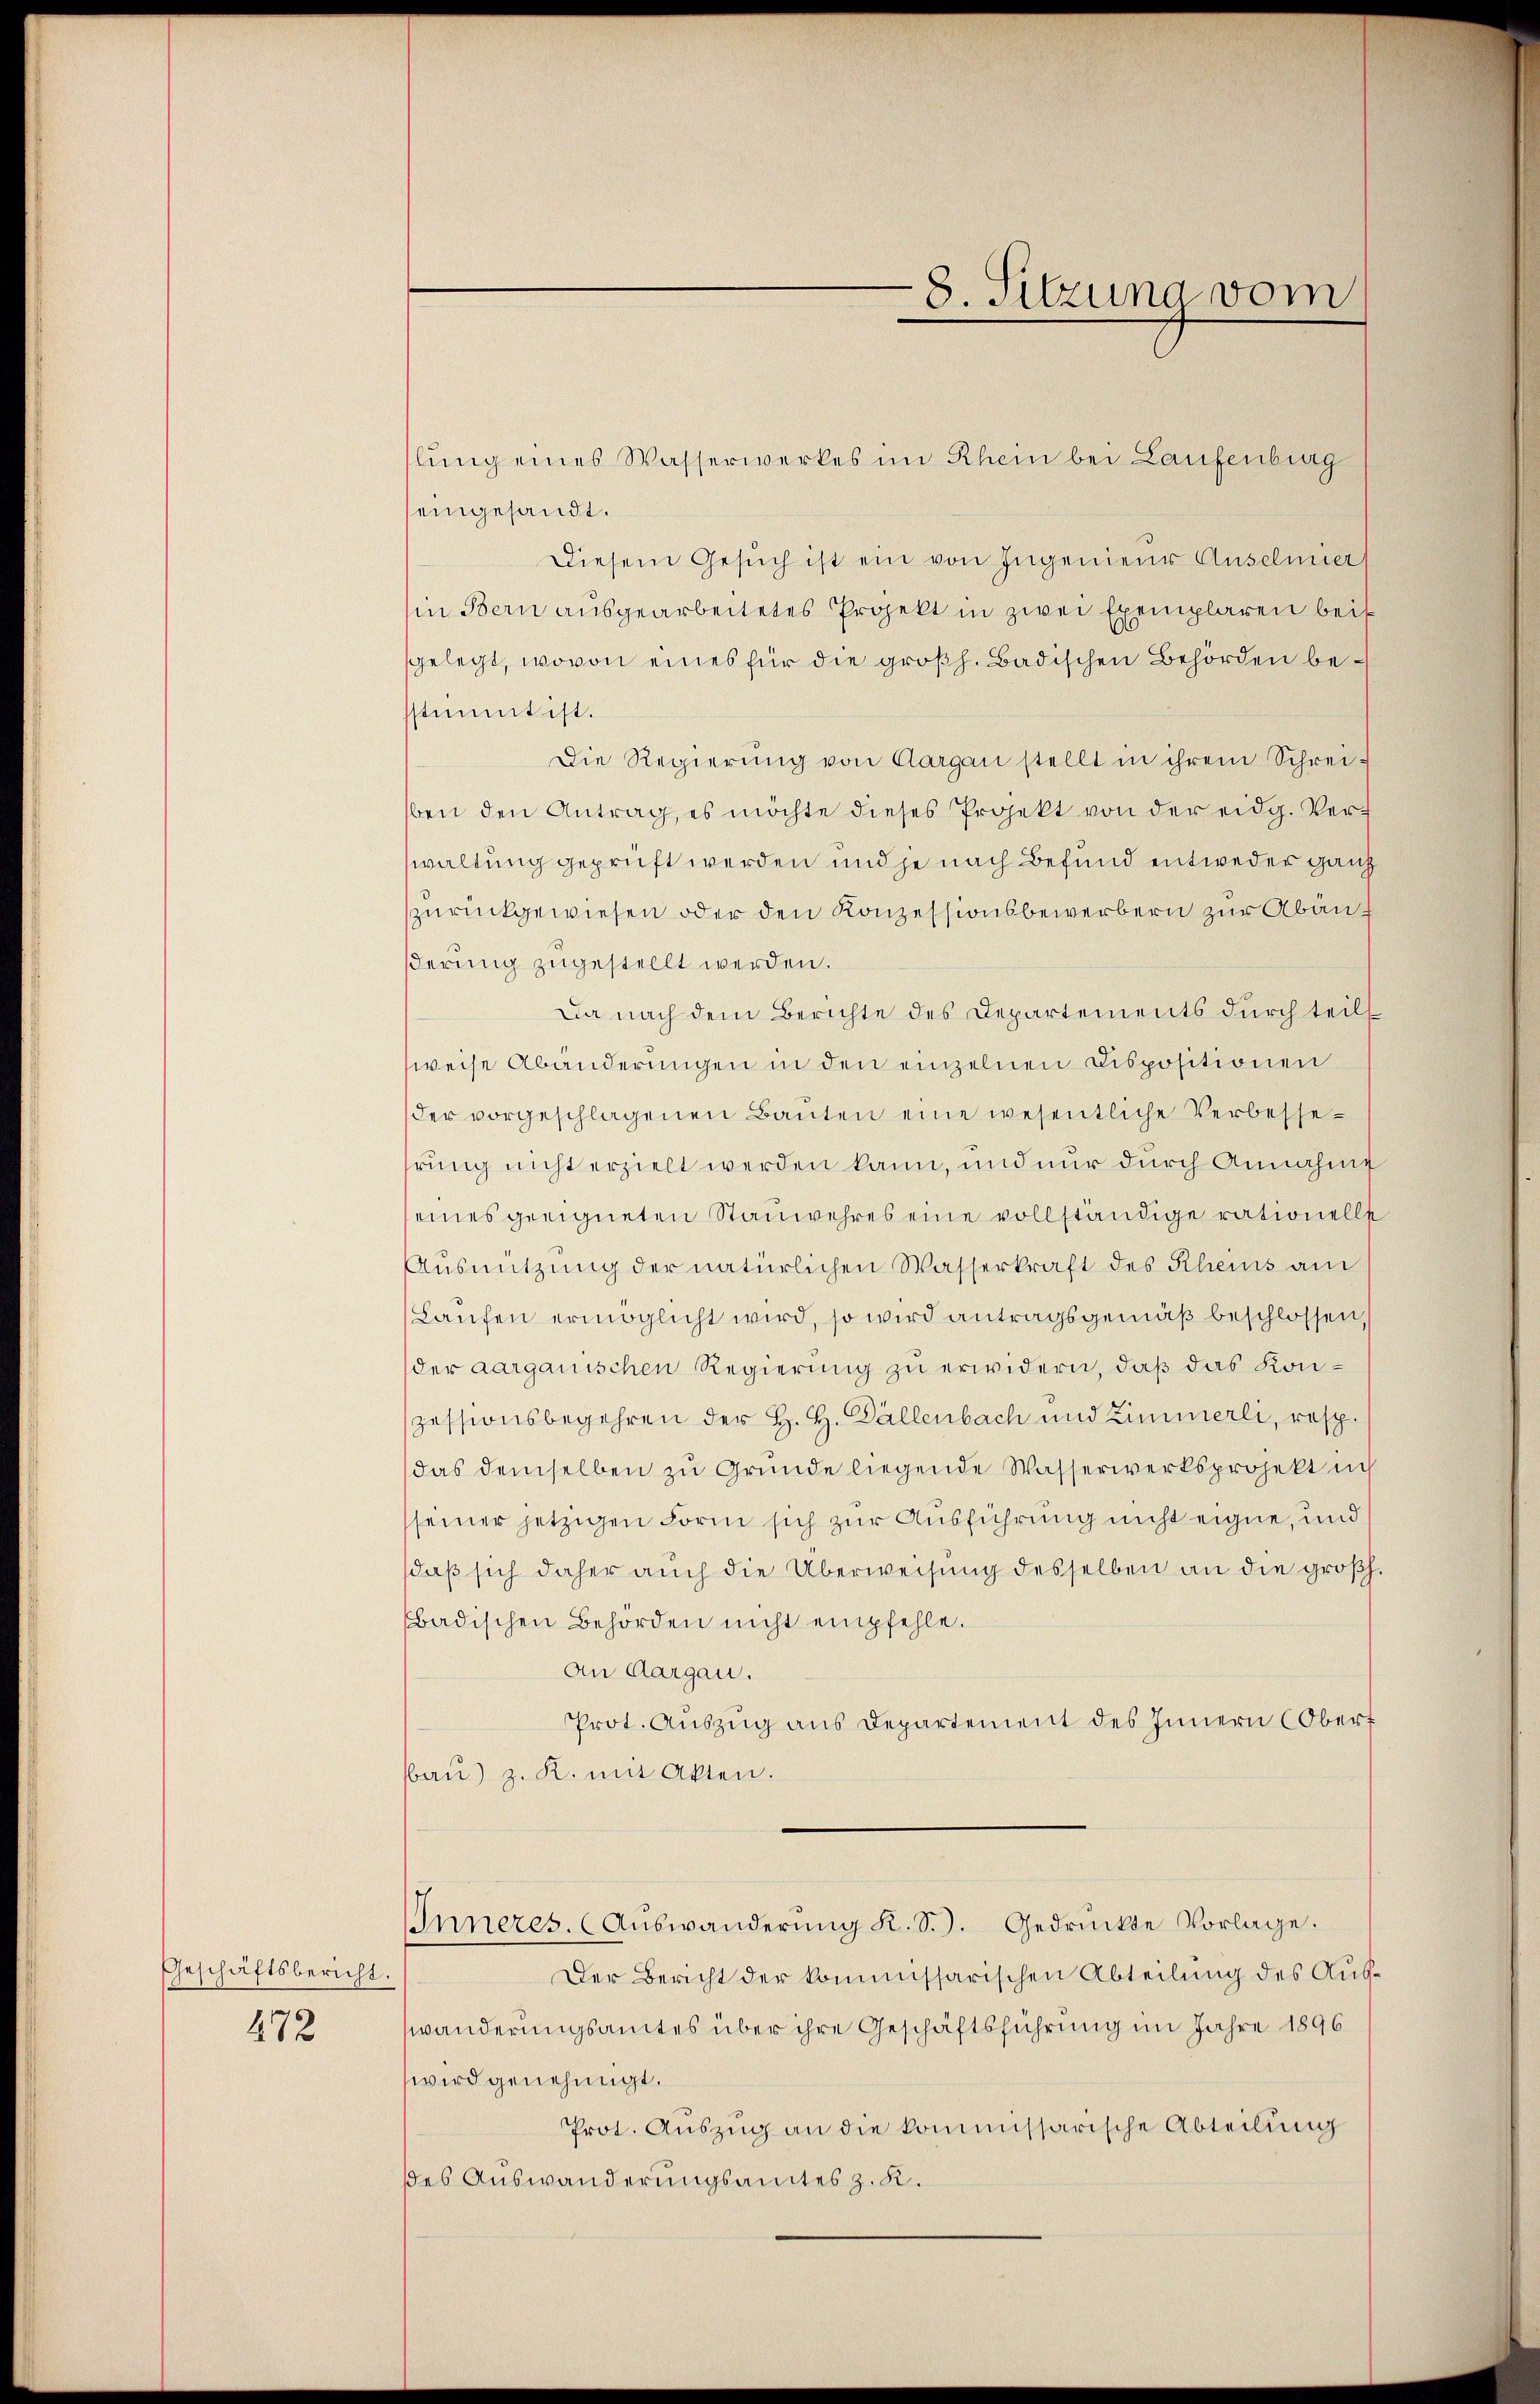
Geschäftsbericht.
472

lung eines Wasserwerkes im Rhein bei Laufenburg
eingesandt.
Diesem Gesŭch ist ein von Ingenieŭr Anselmier
in Bern ausgearbeitetes Projekt in zwei Exemplaren bei
gelegt, wovon eines für die großh. Badischen Behörden bestimmt ist.
Die Regierŭng von Aargau stellt in ihrem Schrei-
ben den Antrag, es möchte dieses Projekt von der eidg. Verwaltung geprüft werden und je nach Befund entweder ganz
zurückgewiesen oder den Konzessionsbewerbern zur Abänßerung zugestellt werden.
Da nach dem Berichte des Departements durch teils
weise Abänderungen in den einzelnen Dispositionen
der vorgeschlagenen Baŭten eine wesentliche Verbessehrung nicht erzielt werden kann, und nur durch Annahme
eines geeigneten Stauwehres eine vollständige rationelle
Aŭsnützŭng der natürlichen Wasserkraft des Rheins am
Laufen ermöglicht wird, so wird antragsgemäß beschlossen,
der aarganischen Regierung zu erwidern, daß das Konzessionsbegehren der H. H. Dällenbach und Zimmerli, resp.
das demselben zu Grunde liegende Wasserwerksprojekt in
seiner jetzigen Form sich zur Ausführung nicht eigne, und
daβ sich daher auch die Überweisŭng desselben an die großh.
badischen Behörden nicht empfehle.
An Aargau.
Prot. Auszug aus Departement des Innern (Oberf
baŭ) z. K. mit Akten.
Inneres. (Auswanderŭng K. S.). Gedrückte Vorlage.
Der Bericht der kommissarischen Abteilung des Auswänderungsamtes über ihre Geschäftsführung im Jahre 1896
wird genehmigt.
Prot. Auszug an die kommissarische Abteilung
des Auswanderungsamtes z. K.

8. Sitzung vom